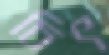
চিৎ